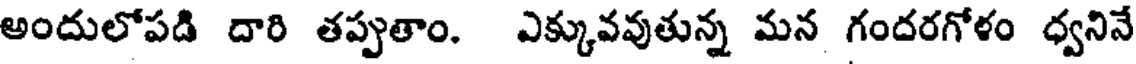
అందులోపడి దారి తప్పుతాం. ఎక్కువవుతున్న మన గందరగోళం ధ్వనినే